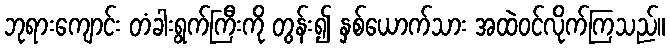
ဘုရားကျောင်း တံခါးရွက်ကြီးကို တွန်း၍ နှစ်ယောက်သား အထဲဝင်လိုက်ကြသည်။